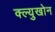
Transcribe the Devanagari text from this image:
क्ल्युखोन